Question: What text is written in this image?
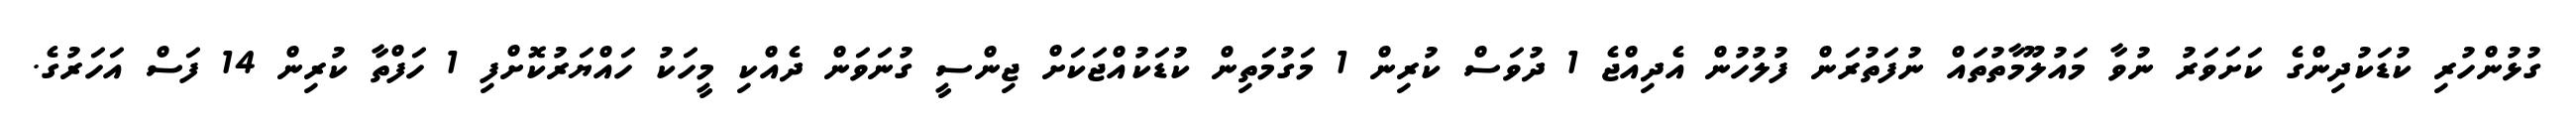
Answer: ގުޅުންހުރި ކުޑަކުދިންގެ ކަށަވަރު ނުވާ މައުލޫމާތުތައް ނުފަތުރަން ފުލުހުން އެދިއްޖެ 1 ދުވަސް ކުރިން 1 މަގުމަތިން ކުޑަކުއްޖަކަށް ޖިންސީ ގުނަވަން ދެއްކި މީހަކު ހައްޔަރުކޮށްފި 1 ހަފްތާ ކުރިން 14 ފަސް އަހަރުގެ.